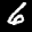
Label: 6